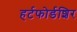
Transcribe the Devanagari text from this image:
हर्टफोर्डशिर